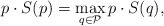
\begin{align*} p\cdot S(p) = \max_{q\in\mathcal P} p\cdot S(q),\end{align*}